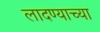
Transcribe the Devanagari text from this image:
लादण्याच्या